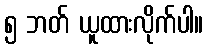
၅ ဘတ် ယူထားလိုက်ပါ။